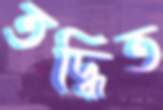
তদ্ধিত